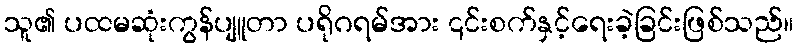
သူ၏ ပထမဆုံးကွန်ပျူတာ ပရိုဂရမ်အား ၎င်းစက်နှင့်ရေးခဲ့ခြင်းဖြစ်သည်။